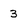
Character: 3